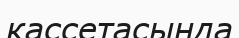
кассетасында